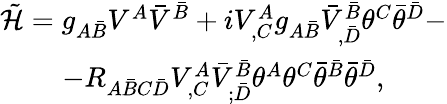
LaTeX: \begin{array}{c}{{{\tilde{\cal H}}=g_{A\bar{B}}V^{A}{\bar{V}}^{\bar{B}}+iV_{,C}^{A}g_{A\bar{B}}{\bar{V}}_{,\bar{D}}^{\bar{B}}\theta^{C}{\bar{\theta}}^{\bar{D}}-}}\\ {{-R_{A{\bar{B}}C{\bar{D}}}V_{,C}^{A}{\bar{V}}_{;\bar{D}}^{\bar{B}}\theta^{A}\theta^{C}{\bar{\theta}}^{\bar{B}}{\bar{\theta}}^{\bar{D}},}}\end{array}